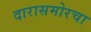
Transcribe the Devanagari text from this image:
दारासमोरचा